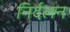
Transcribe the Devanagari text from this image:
निर्दलन